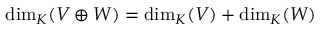
\dim _ { K } ( V \oplus W ) = \dim _ { K } ( V ) + \dim _ { K } ( W )